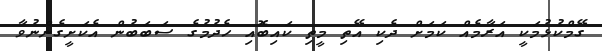
ގޭމްކުޅުމަކީ އަރާމެއް ކަމަށް ދެކި އޭތި މީތި ކައިބޮއި ހެދުމުގެ ސަބަބުން އެކަށީގެންނުވާ